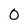
Character: 0